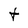
Character: t